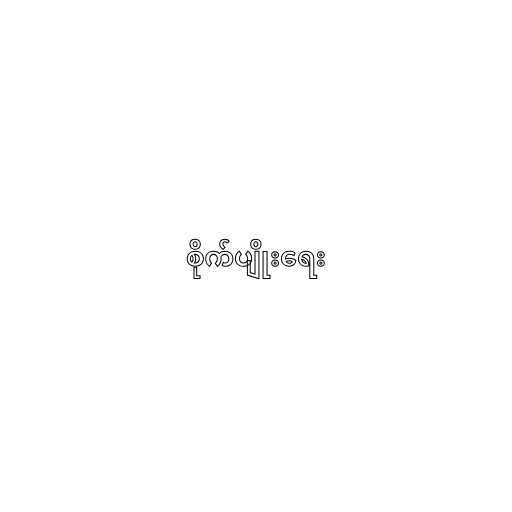
စိုက်ပျိုးရေး